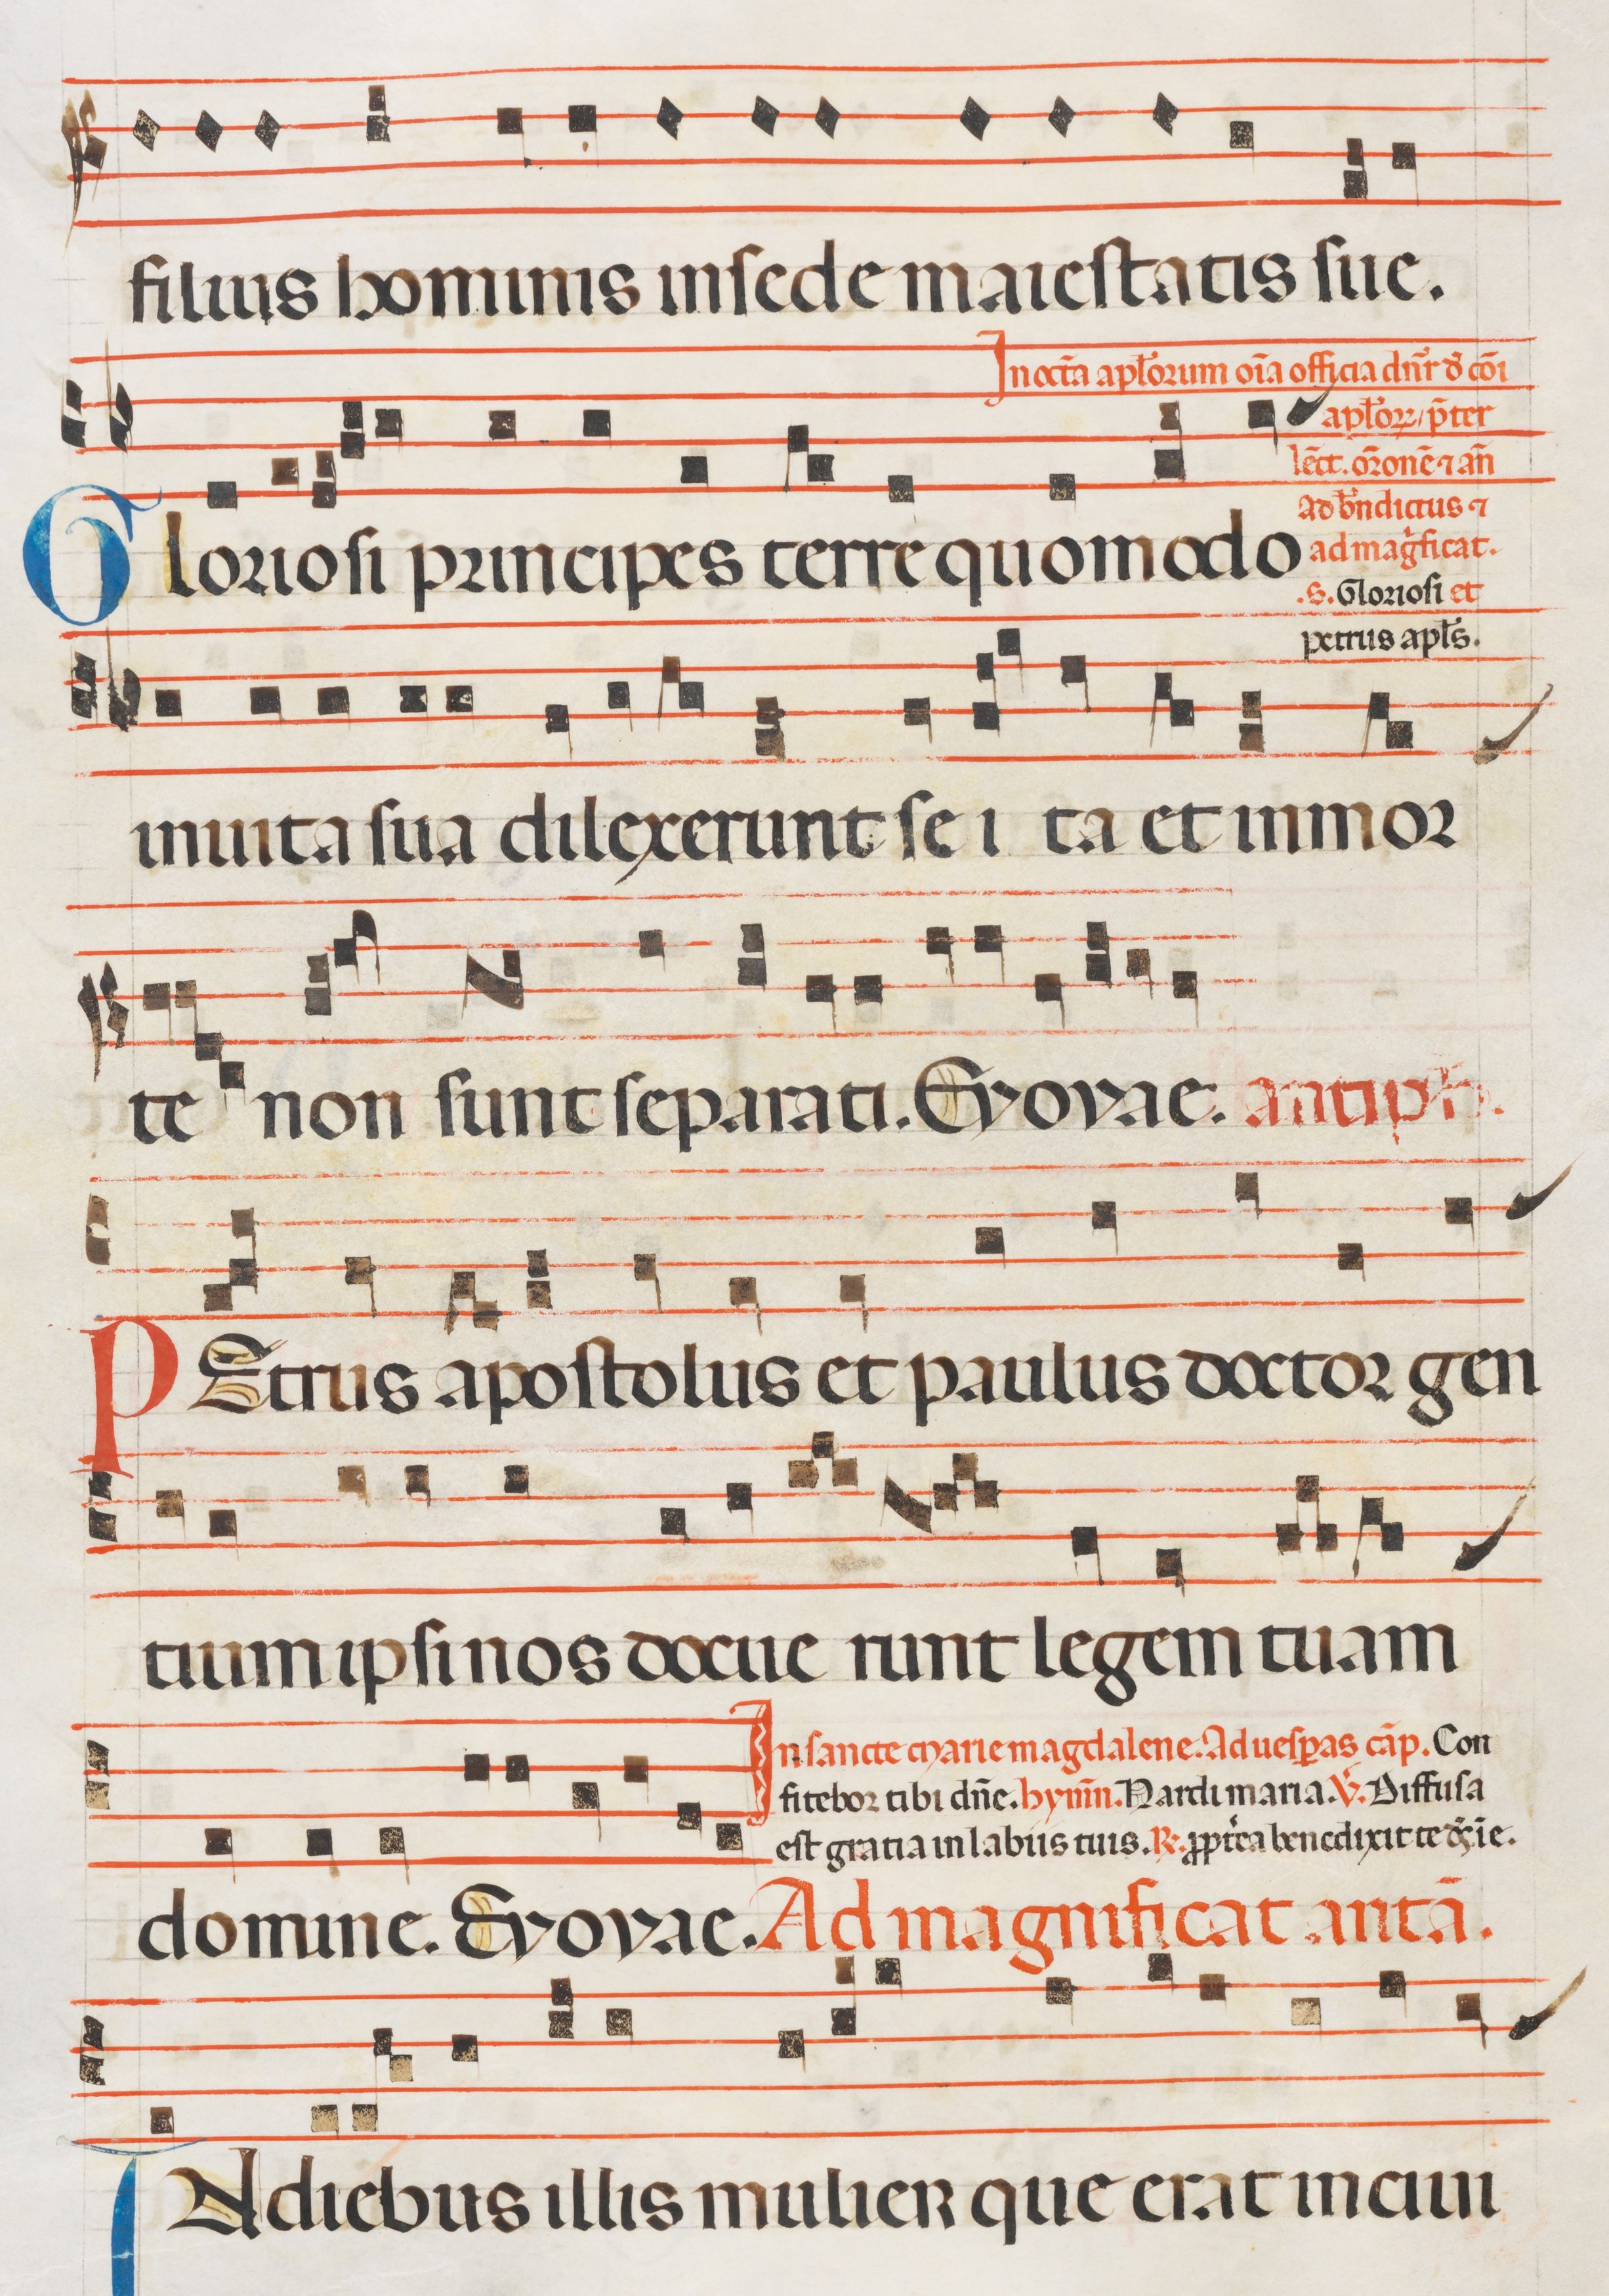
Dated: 1300–1330